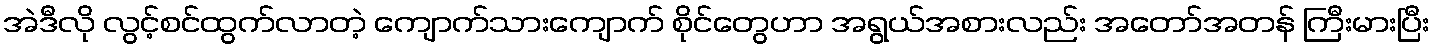
အဲဒီလို လွင့်စင်ထွက်လာတဲ့ ကျောက်သားကျောက် စိုင်တွေဟာ အရွယ်အစားလည်း အတော်အတန် ကြီးမားပြီး